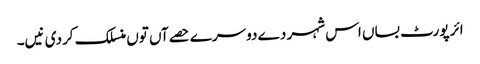
ائر پورٹ بساں اس شہر دے دوسرے حصےآں تو‏ں منسلک کردی نیں۔